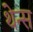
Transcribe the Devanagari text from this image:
थेन्स